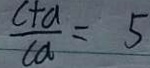
\frac { c + a } { c a } = 5